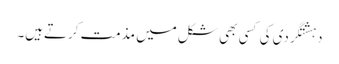
دہشتگردی کی کسی بھی شکل میں مذمت کرتےہیں۔